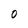
Character: 0